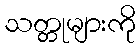
သတ္တုများကို